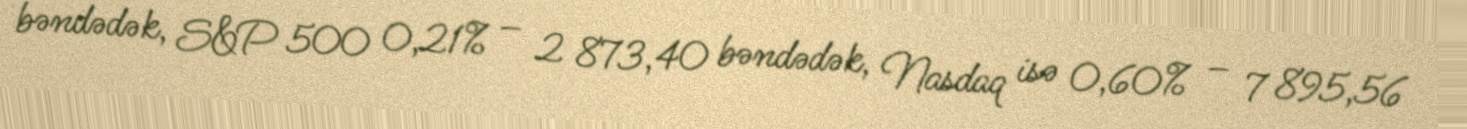
bəndədək, S&P 500 0,21% – 2 873,40 bəndədək, Nasdaq isə 0,60% – 7 895,56